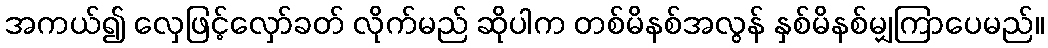
အကယ်၍ လှေဖြင့်လှော်ခတ် လိုက်မည် ဆိုပါက တစ်မိနစ်အလွန် နှစ်မိနစ်မျှကြာပေမည်။